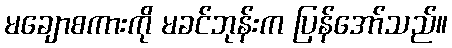
မချောစကားကို မခင်ဘုန်းက ပြန်အော်သည်။